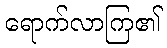
ရောက်လာကြ၏